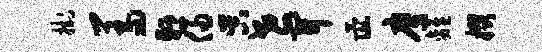
挂羞悬侵吴世开彘鹰离掇